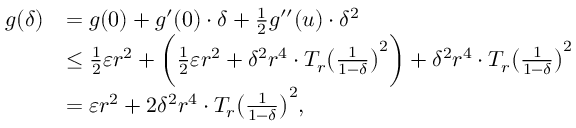
\begin{array} { r l } { g ( \delta ) } & { = g ( 0 ) + g ^ { \prime } ( 0 ) \cdot \delta + \frac { 1 } { 2 } g ^ { \prime \prime } ( u ) \cdot \delta ^ { 2 } } \\ & { \leq \frac { 1 } { 2 } \varepsilon r ^ { 2 } + \bigg ( \frac { 1 } { 2 } \varepsilon r ^ { 2 } + \delta ^ { 2 } r ^ { 4 } \cdot T _ { r } \big ( \frac { 1 } { 1 - \delta } \big ) ^ { 2 } \bigg ) + \delta ^ { 2 } r ^ { 4 } \cdot T _ { r } \big ( \frac { 1 } { 1 - \delta } \big ) ^ { 2 } } \\ & { = \varepsilon r ^ { 2 } + 2 \delta ^ { 2 } r ^ { 4 } \cdot T _ { r } \big ( \frac { 1 } { 1 - \delta } \big ) ^ { 2 } , } \end{array}